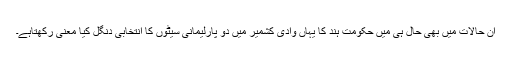
ان حالات میں بھی حال ہی میں حکومت ہند کا یہاں وادی کشمیر میں دو پارلیمانی سیٹوں کا انتخابی دنگل کیا معنی رکھتاہے۔